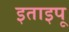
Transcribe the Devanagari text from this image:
इताइपू